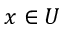
x \in U